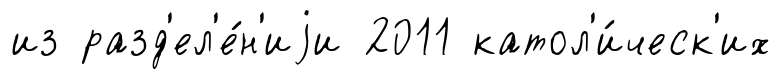
из разд'ел'е́н'иjи 2011 катол'и́ческ'их